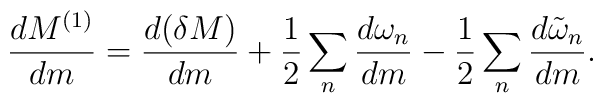
{dM^{(1)}\over dm} = {d(\delta M)\over dm}	+ {1\over2} \sum_n {d\omega_n\over dm} 	- {1\over2}\sum_n {d\tilde\omega_n\over dm}.